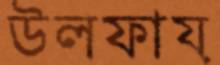
উলফায়